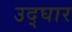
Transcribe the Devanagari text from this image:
उद्घार